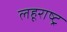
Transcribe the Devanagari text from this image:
लहूराष्ट्र